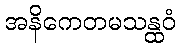
အနိကေတမသန္ထဝံ